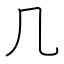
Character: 几